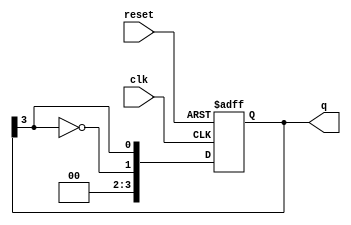
module johnson_counter #(
    parameter n = 4  // Number of flip-flops
) (
    input wire clk,     // Clock input
    input wire reset,   // Asynchronous reset
    output reg [n-1:0] q // Output state
);

    // Always block triggered on the rising edge of the clock or reset
    always @(posedge clk or posedge reset) begin
        if (reset) begin
            q <= 0; // Reset the counter to 0
        end else begin
            // Shift the current state and feed back the inverted last flip-flop output
            q <= {~q[n-1], q[n-1:n-1]}; // Shift right and feed back inverted last output
        end
    end

endmodule